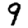
Digit: 9